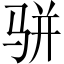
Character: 骈